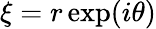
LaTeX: \xi=r\exp(i\theta)